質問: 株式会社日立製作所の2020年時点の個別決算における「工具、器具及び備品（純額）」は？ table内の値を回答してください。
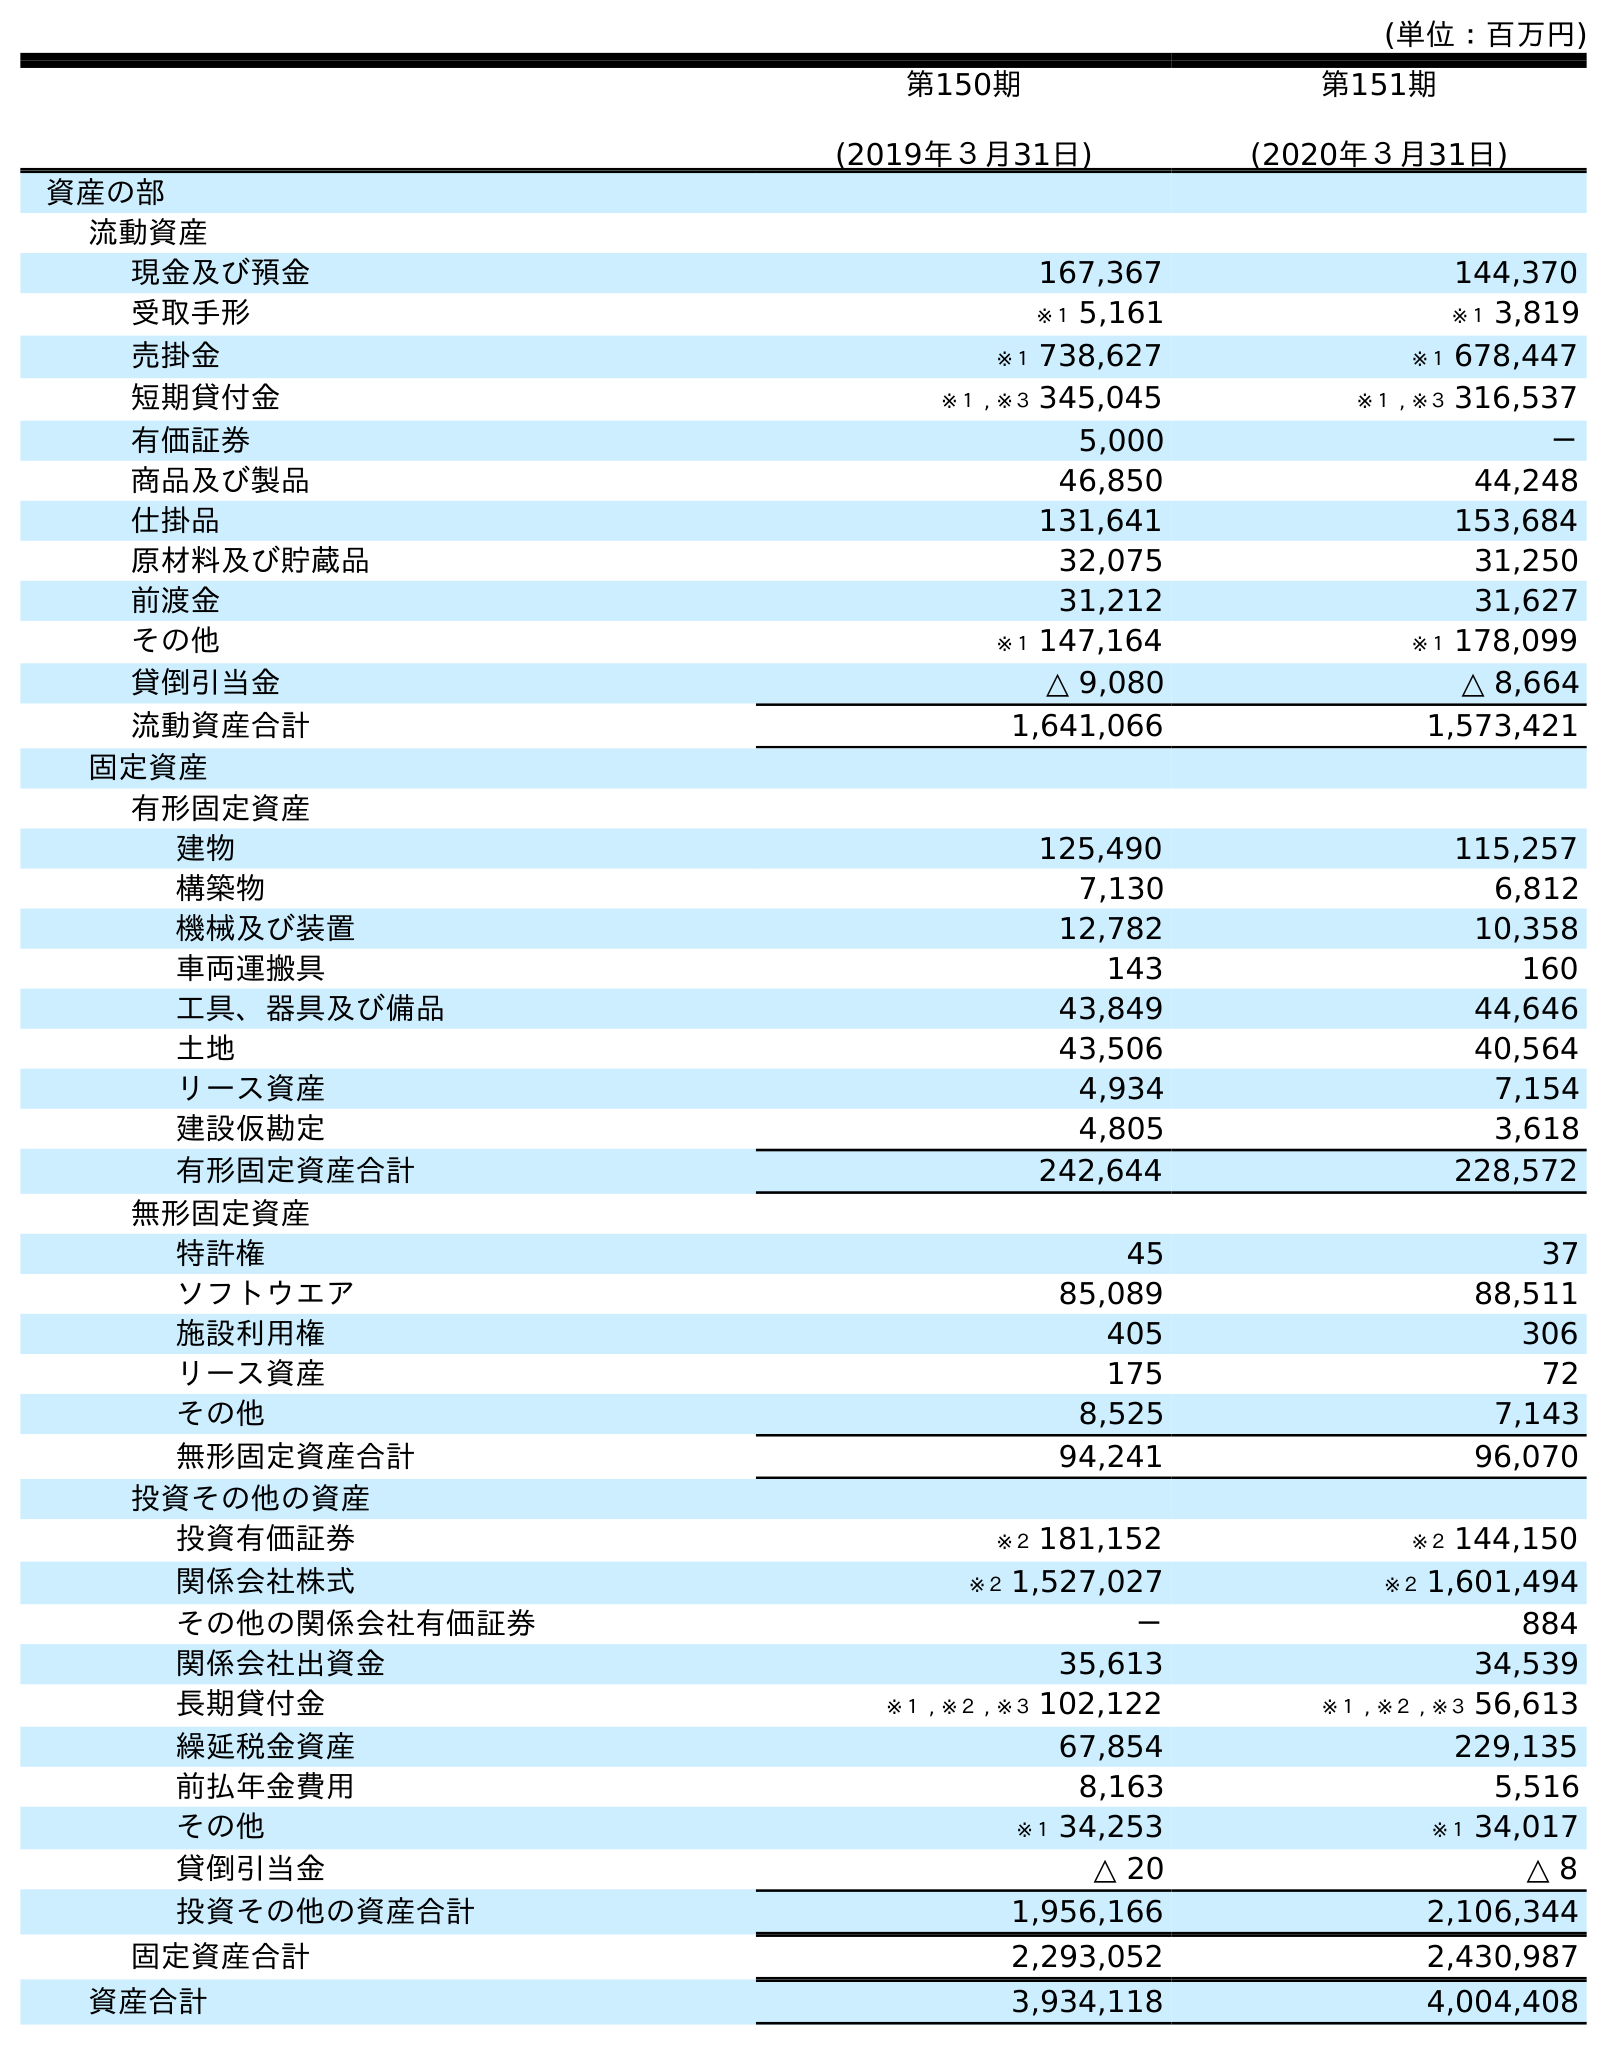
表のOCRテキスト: (単位：百万円) 第150期 (2019年３月31日) 第151期 (2020年３月31日) 資産の部 流動資産 現金及び預金 167,367 144,370 受取手形 ※１ 5,161 ※１ 3,819 売掛金 ※１ 738,627 ※１ 678,447 短期貸付金 ※１ , ※３ 345,045 ※１ , ※３ 316,537 有価証券 5,000 － 商品及び製品 46,850 44,248 仕掛品 131,641 153,684 原材料及び貯蔵品 32,075 31,250 前渡金 31,212 31,627 その他 ※１ 147,164 ※１ 178,099 貸倒引当金 △ 9,080 △ 8,664 流動資産合計 1,641,066 1,573,421 固定資産 有形固定資産 建物 125,490 115,257 構築物 7,130 6,812 機械及び装置 12,782 10,358 車両運搬具 143 160 工具、器具及び備品 43,849 44,646 土地 43,506 40,564 リース資産 4,934 7,154 建設仮勘定 4,805 3,618 有形固定資産合計 242,644 228,572 無形固定資産 特許権 45 37 ソフトウエア 85,089 88,511 施設利用権 405 306 リース資産 175 72 その他 8,525 7,143 無形固定資産合計 94,241 96,070 投資その他の資産 投資有価証券 ※２ 181,152 ※２ 144,150 関係会社株式 ※２ 1,527,027 ※２ 1,601,494 その他の関係会社有価証券 － 884 関係会社出資金 35,613 34,539 長期貸付金 ※１ , ※２ , ※３ 102,122 ※１ , ※２ , ※３ 56,613 繰延税金資産 67,854 229,135 前払年金費用 8,163 5,516 その他 ※１ 34,253 ※１ 34,017 貸倒引当金 △ 20 △ 8 投資その他の資産合計 1,956,166 2,106,344 固定資産合計 2,293,052 2,430,987 資産合計 3,934,118 4,004,408
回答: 44,646